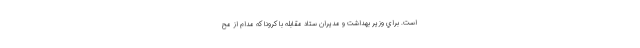
است. براي وزير بهداشت و مديران ستاد مقابله با كرونا كه مدام از مح